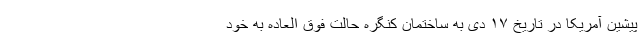
پیشین آمریکا در تاریخ ۱۷ دی به ساختمان کنگره حالت فوق العاده به خود